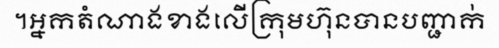
។អ្នកតំណាងខាងលើក្រុមហ៊ុនបានបញ្ជាក់